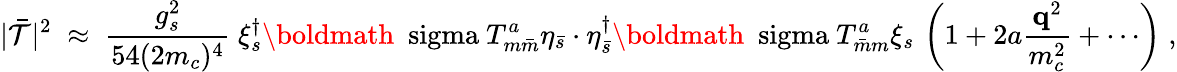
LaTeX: |\bar{{\cal T}}|^{2}\; \approx\; {\frac{g_{s}^{2}}{54(2m_{c})^{4}}}\; \xi_{s}^{\dagger}\mathrm{\boldmath~\ sigma~}T_{m\bar{m}}^{a}\eta_{\bar{s}}\cdot\eta_{\bar{s}}^{\dagger}\mathrm{\boldmath~\ sigma~}T_{\bar{m}m}^{a}\xi_{s}\, \left(1+2a\frac{{\mathbf q}^{2}}{m_{c}^{2}}+\cdots\right)\; ,